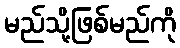
မည်သို့ဖြစ်မည်ကို